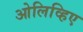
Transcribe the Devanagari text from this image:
ओलिव्हिए